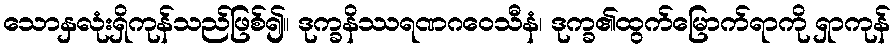
သောနှလုံးရှိကုန်သည်ဖြစ်၍။ ဒုက္ခနိဿရဏဂဝေသီနံ၊ ဒုက္ခ၏ထွက်မြောက်ရာကို ရှာကုန်